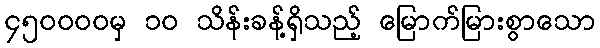
၄၅၀၀၀၀မှ ၁၀ သိန်းခန့်ရှိသည့် မြောက်မြားစွာသော